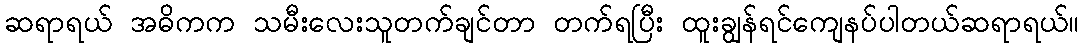
ဆရာရယ် အဓိကက သမီးလေးသူတက်ချင်တာ တက်ရပြီး ထူးချွန်ရင်ကျေနပ်ပါတယ်ဆရာရယ်။